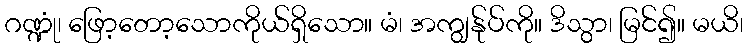
ဂဏ္ဍုံ၊ ဖြော့တော့သောကိုယ်ရှိသော။ မံ၊ အကျွန်ုပ်ကို။ ဒိသွာ၊ မြင်၍။ မယိ၊